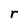
Character: r